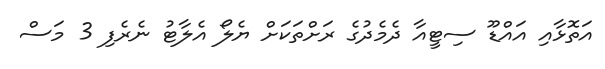
އަތޮޅާއި އައްޑޫ ސިޓީއާ ދެމެދުގެ ރަށްތަކަށް ޔެލޯ އެލާޓު ނެރެފި 3 މަސް